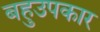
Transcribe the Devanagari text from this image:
बहुउपकार